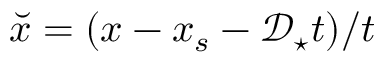
\breve { x } = ( x - x _ { s } - \mathcal { D } _ { \star } t ) / t